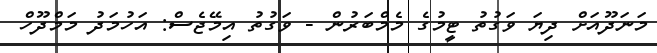
މަނަދޫއަށް ދިޔަ ވަގުތު ޓީމުގެ މެމްބަރުން - ވަގުތު އިމޭޖެސް: އަހުމަދު މަމްދޫހް